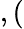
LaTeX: ,(